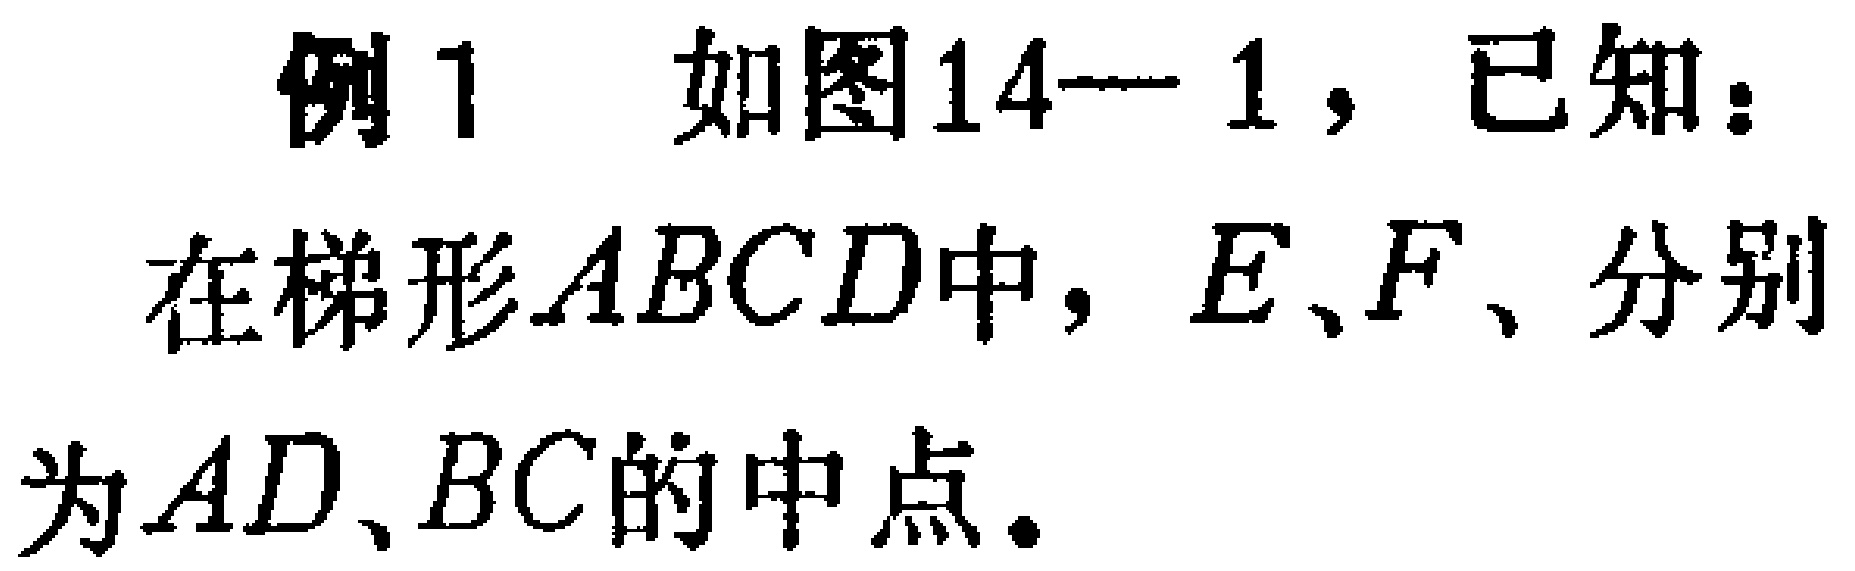
例1 如图14—1，已知：
在梯形\(ABCD\)中，\(E\)、\(F\)、分别为\(AD\)、\(BC\)的中点。